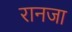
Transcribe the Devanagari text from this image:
रानजा